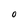
Character: O